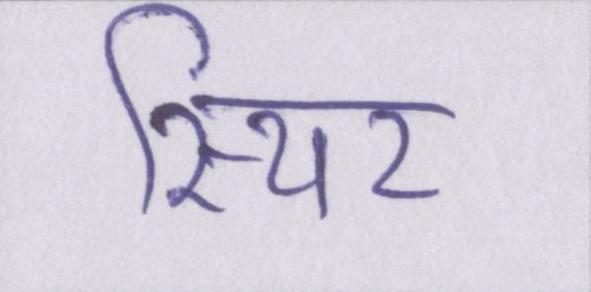
स्थिर